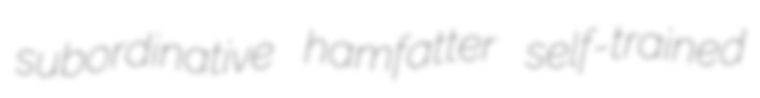
subordinative hamfatter self-trained